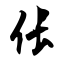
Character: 伥